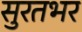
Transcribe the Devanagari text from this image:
सुरतभर